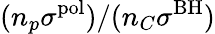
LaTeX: (n_{p}\sigma^{\mathrm{pol}})/(n_{C}\sigma^{\mathrm{BH}})